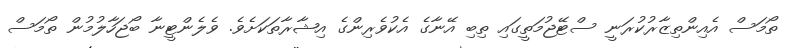
ތޯމަސް އެއިންތިޒާރުކުރަނީ ސްޓޭޖުމަތީގައި ތިބި އޭނާގެ އެކުވެރިންގެ އިޝާރާތަކަށެވެ. ވެލެންޓީނާ ބޯޖަހާލުމުން ތޯމަސް